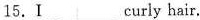
15.Ⅰ ___curly hair.